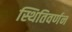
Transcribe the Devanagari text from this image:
स्थितिवर्णन